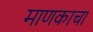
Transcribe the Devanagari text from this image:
माणकाचा